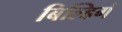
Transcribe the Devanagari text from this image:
बिल्डिगं